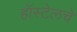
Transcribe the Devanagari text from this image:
हॉस्टेलचे